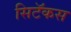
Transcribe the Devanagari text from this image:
सिटॅकस